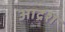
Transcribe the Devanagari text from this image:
आद्रश